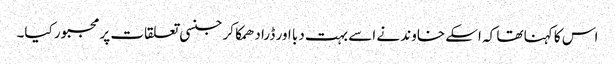
اس کا کہنا تھا کہ اسکے خاوند نے اسے بہت دبا اور ڈرا دھمکا کر جنسی تعلقات پر مجبور کیا۔